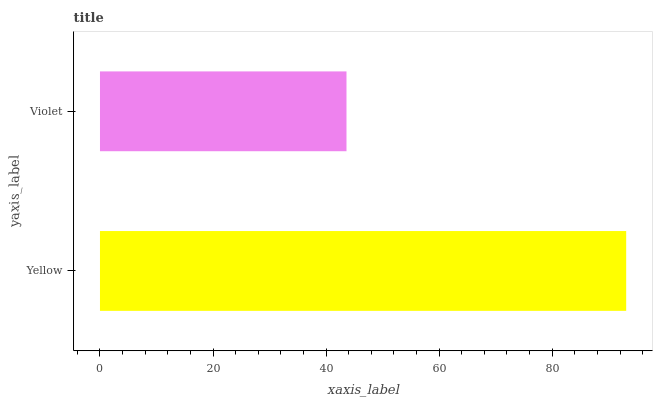
| yaxis_label | bars |
 | --- | --- |
 | Yellow | 93.1 |
 | Violet | 43.6 |